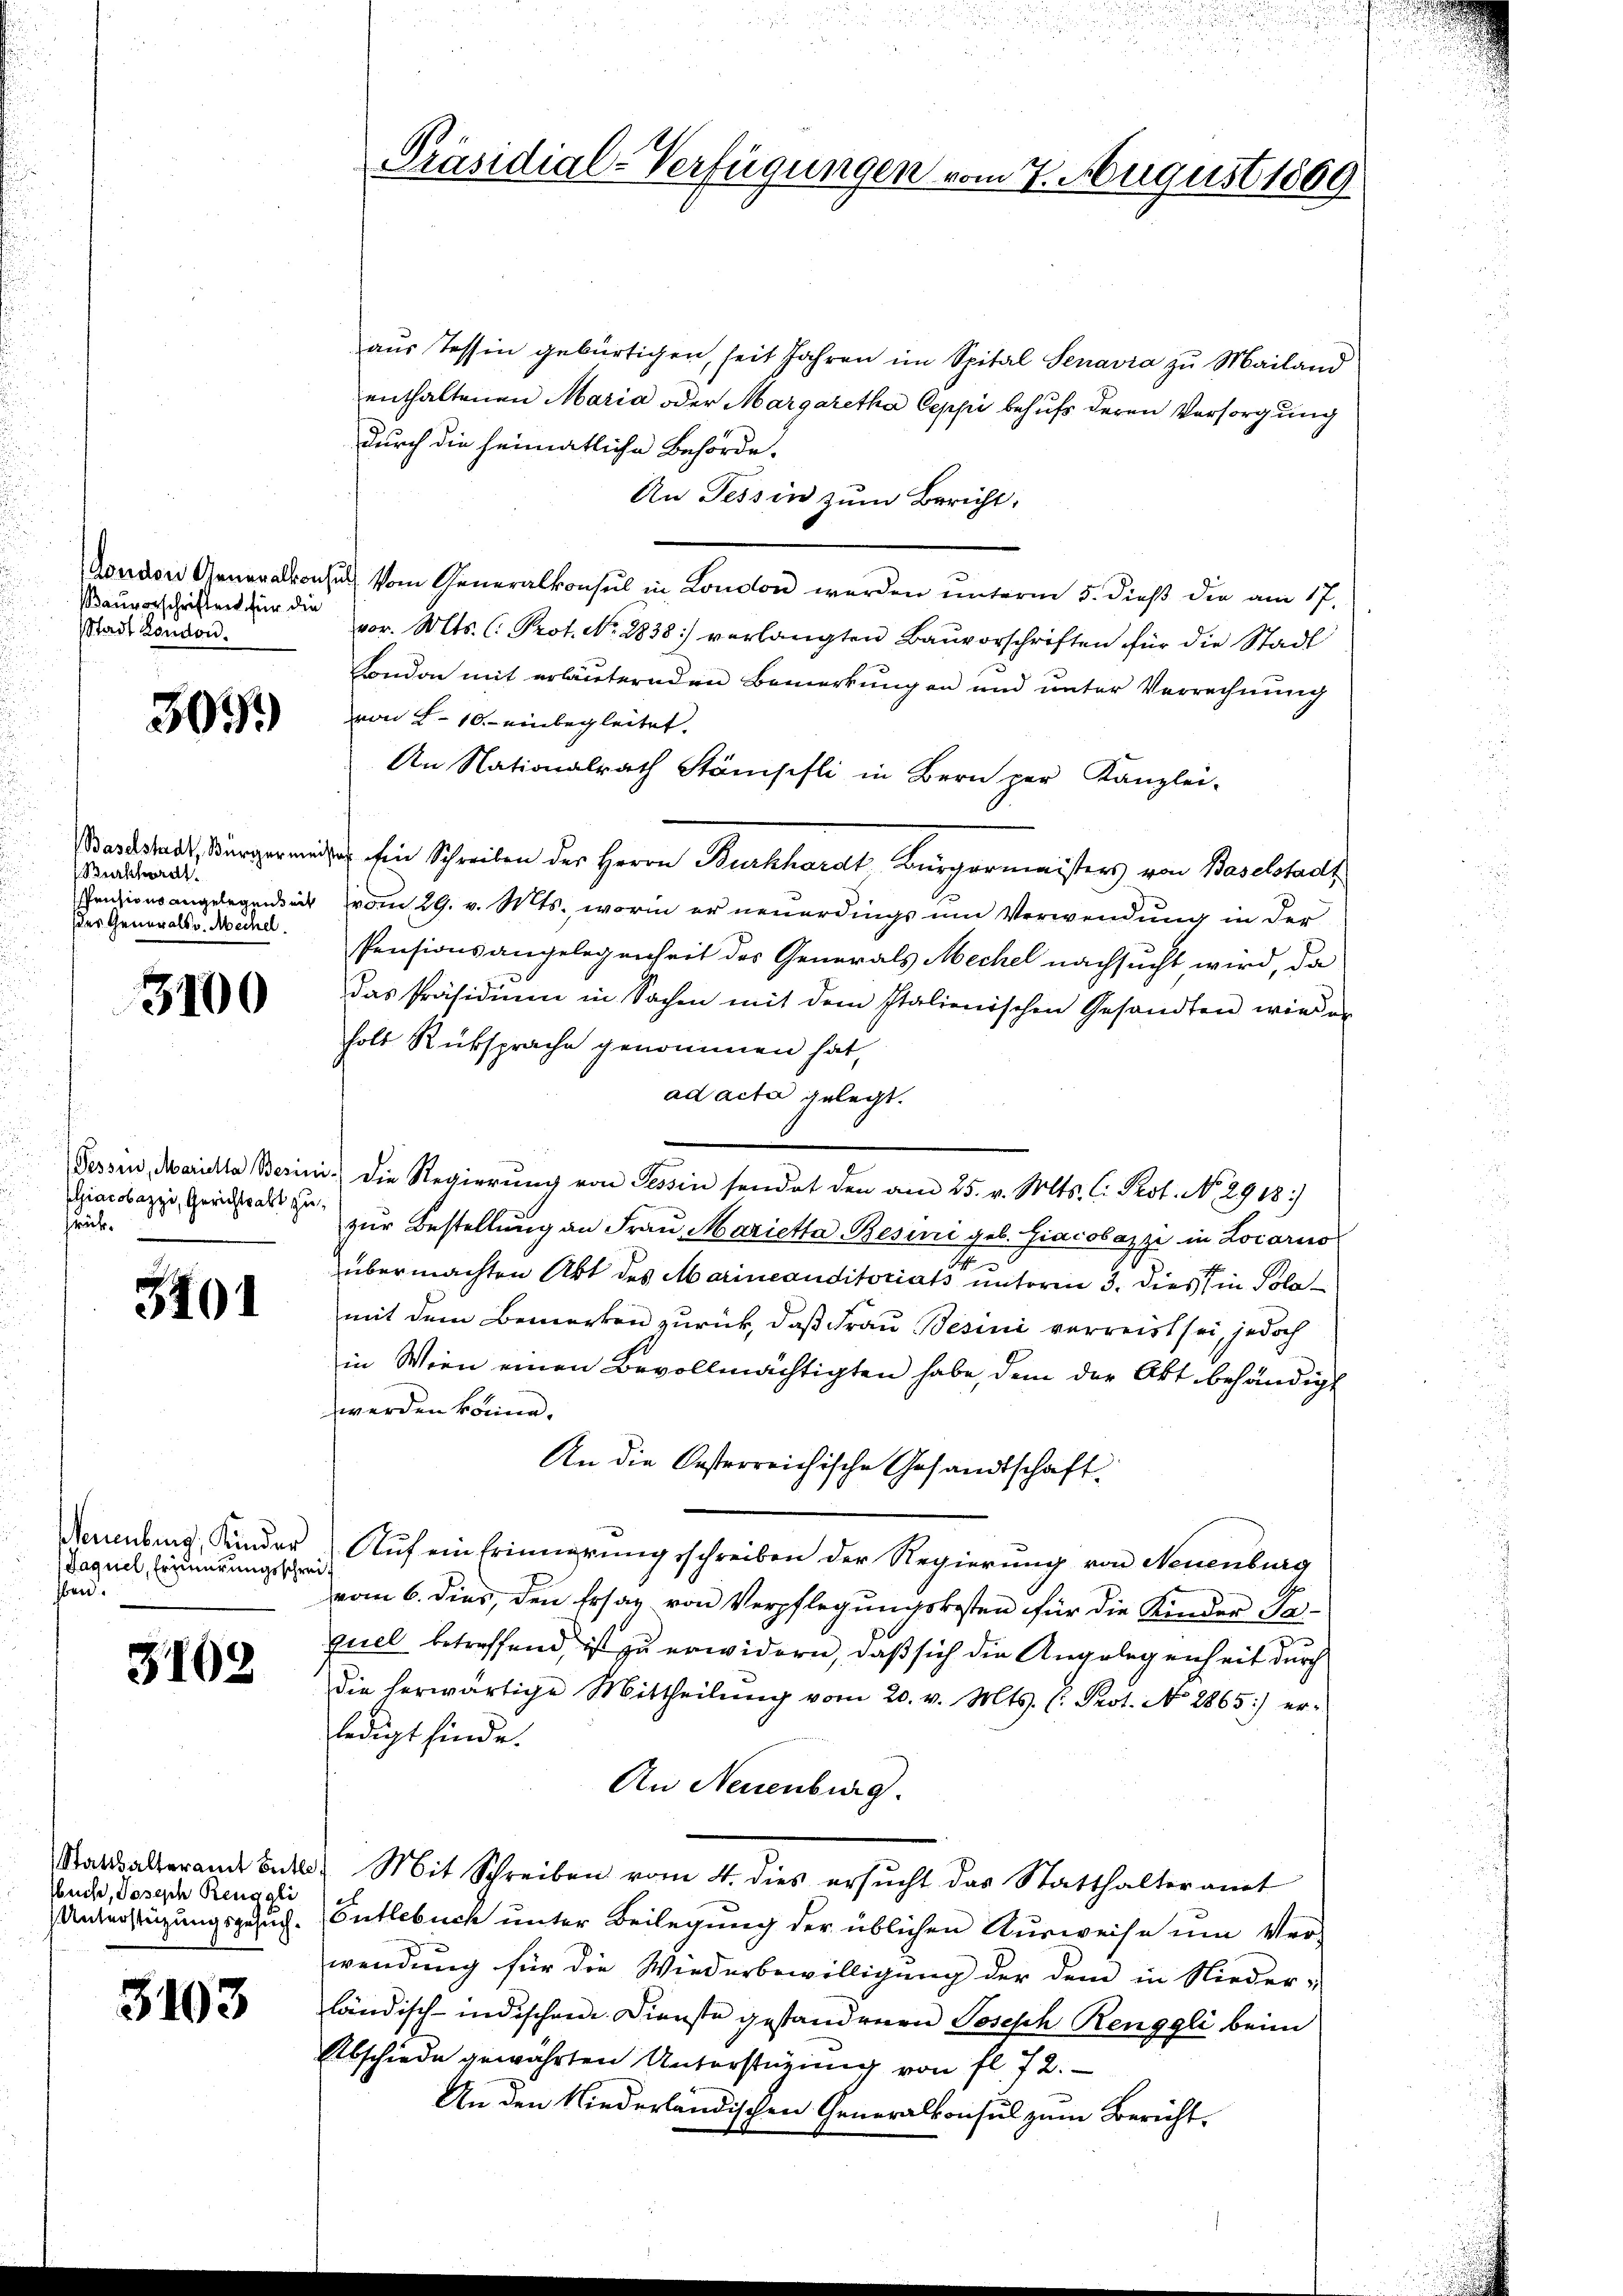
Bauvorschriften für die
Stadt London.

305.

(Burkhardt
der Generals v. Mechel.

3100

Giacobazzi, Gerichtsalt zusrück.

3401

Neuenburg, Kinder
Jaquel, Erinnerungsschreibend.

3102

Statthalteramt Entle
buch, Joseph Regali
Unterstüzungsgesuch.

3103

Präsidial-Verfügungen vom 7. August 1889

aŭs Tessin gebürtigen, seit Jahren im Spital Senavia zu Mailand
enthaltenen Maria oder Margaretha Oeppi behufs deren Versorgung
durch die heimatliche Behörde.
An Tessin zum Bericht.
Aoudon Generalkonsul vom Generalkonsul in London werden unterm 5. dieß die am 17.
vor. Mts. C. Prot. No 8838) verlangten Baŭvorschriften für die Stadl
London mit erläuternden Bemerkungen und unter Verrechnung
von 2. 10. einbegleitet.
An Nationalrath Stämsifli in Bern per Kanzlei-
Bardstadt, Bürgermeider Ein Schreiben der Herrn Burkhardt, Bürgermeisters von Baselstadt
Pensionsangelegensact vom 29. v. Mts., worin er neuerdings um Verwendung in der
Pensionsangelegenheit des Generals Mechel nachsucht wird, da
das Präsidium in Sachen mit dem Italienischen Gesandten wieder
holt Rüksprache genommen hat,
ad acta gelegt.
Fessen, Maria Berini die Regierung von Tessin sendet den am 25. v. Mts. C. Prot. N. 2918/
zur Bestellung an Frau Marietta Besini geb. Giacobazzi in Locarno
übermachten Abt des Marineauditoriats unterm 3. dies in Polamit dem Bemerken zurück, daß Frau Besini verreist sei, jedoch
in Wien einen Bevollmächtigten habe, dem der Akt behändigt
werden könne.
An die Oesterreichische Gesandtschaft
Auf ein Erinnerungsschreiben der Regierung von Neuenburg
vom 6. dies, den Ersaz von Verpflegungskosten für die Kinder Pa-
quel betreffend, ist zu erwidern, daß sich die Angelegenheit durch
Die herwärtige Mittheilŭng vom 20. v. Mts. (: Prot. No 2865) er-
ledigt finde.
An Neuenburg.
 Mit Schreiben vom 4. dies ersŭcht das Statthalteramt
Entlebuch unter Beilegung der üblichen Ausweise um Ver-
wendung für die Wiederbewilligung der dem in Nieder-
ländisch-indischen Dienste gestandenen Joseph Renggli beim
Abschiede gewährten Unterstüzung von fl. 72.
An den Niederländischen Generalkonsul zum Bericht¬

.